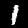
Label: 1